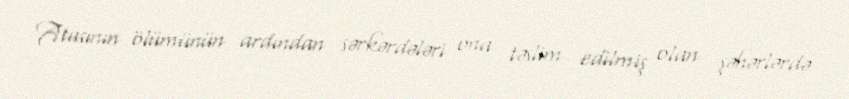
Atasının ölümünün ardından sərkərdələri ona təslim edilmiş olan şəhərlərdə